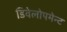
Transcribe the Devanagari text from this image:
डिवेलोपमेन्ट